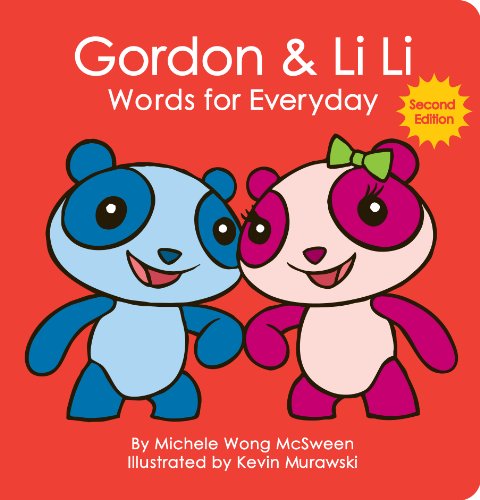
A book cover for Gordon & Li Li: Words for Everyday - 2nd Edition (Mandarin for kids); Michele Wong McSween; Children's Books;